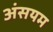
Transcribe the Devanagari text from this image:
अंसयम